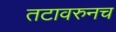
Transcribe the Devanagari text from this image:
तटावरुनच